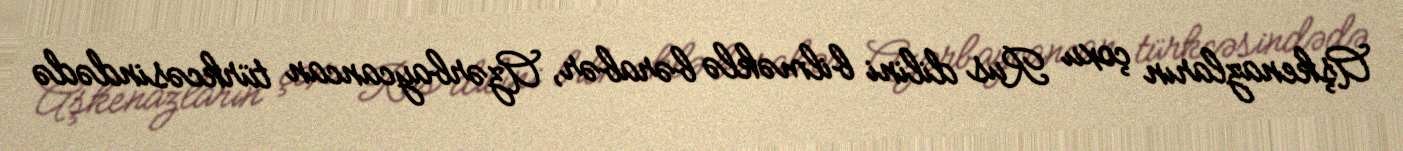
Aşkenazların çoxu Rus dilini bilməklə bərabər, Azərbaycancan türkcəsindədə